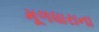
મૂળધારાના